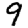
Digit: 9